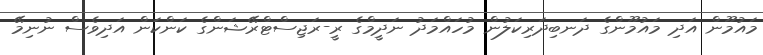
މައުމޫން އަދި މައުމޫންގެ ދަނބިދަރިކަލުން މުހައްމަދު ނަދީމްގެ ރީ-ރަޖިސްޓްރޭޝަންގެ ކަންކަން އަދިވެސް ނުނިމޭ